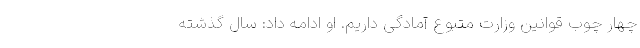
چهار چوب قوانین وزارت متبوع آمادگی داریم. او ادامه داد: سال گذشته